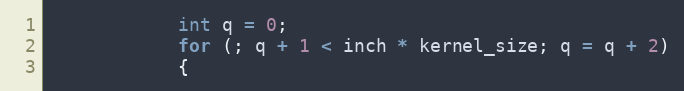
Language: C
            int q = 0;
            for (; q + 1 < inch * kernel_size; q = q + 2)
            {